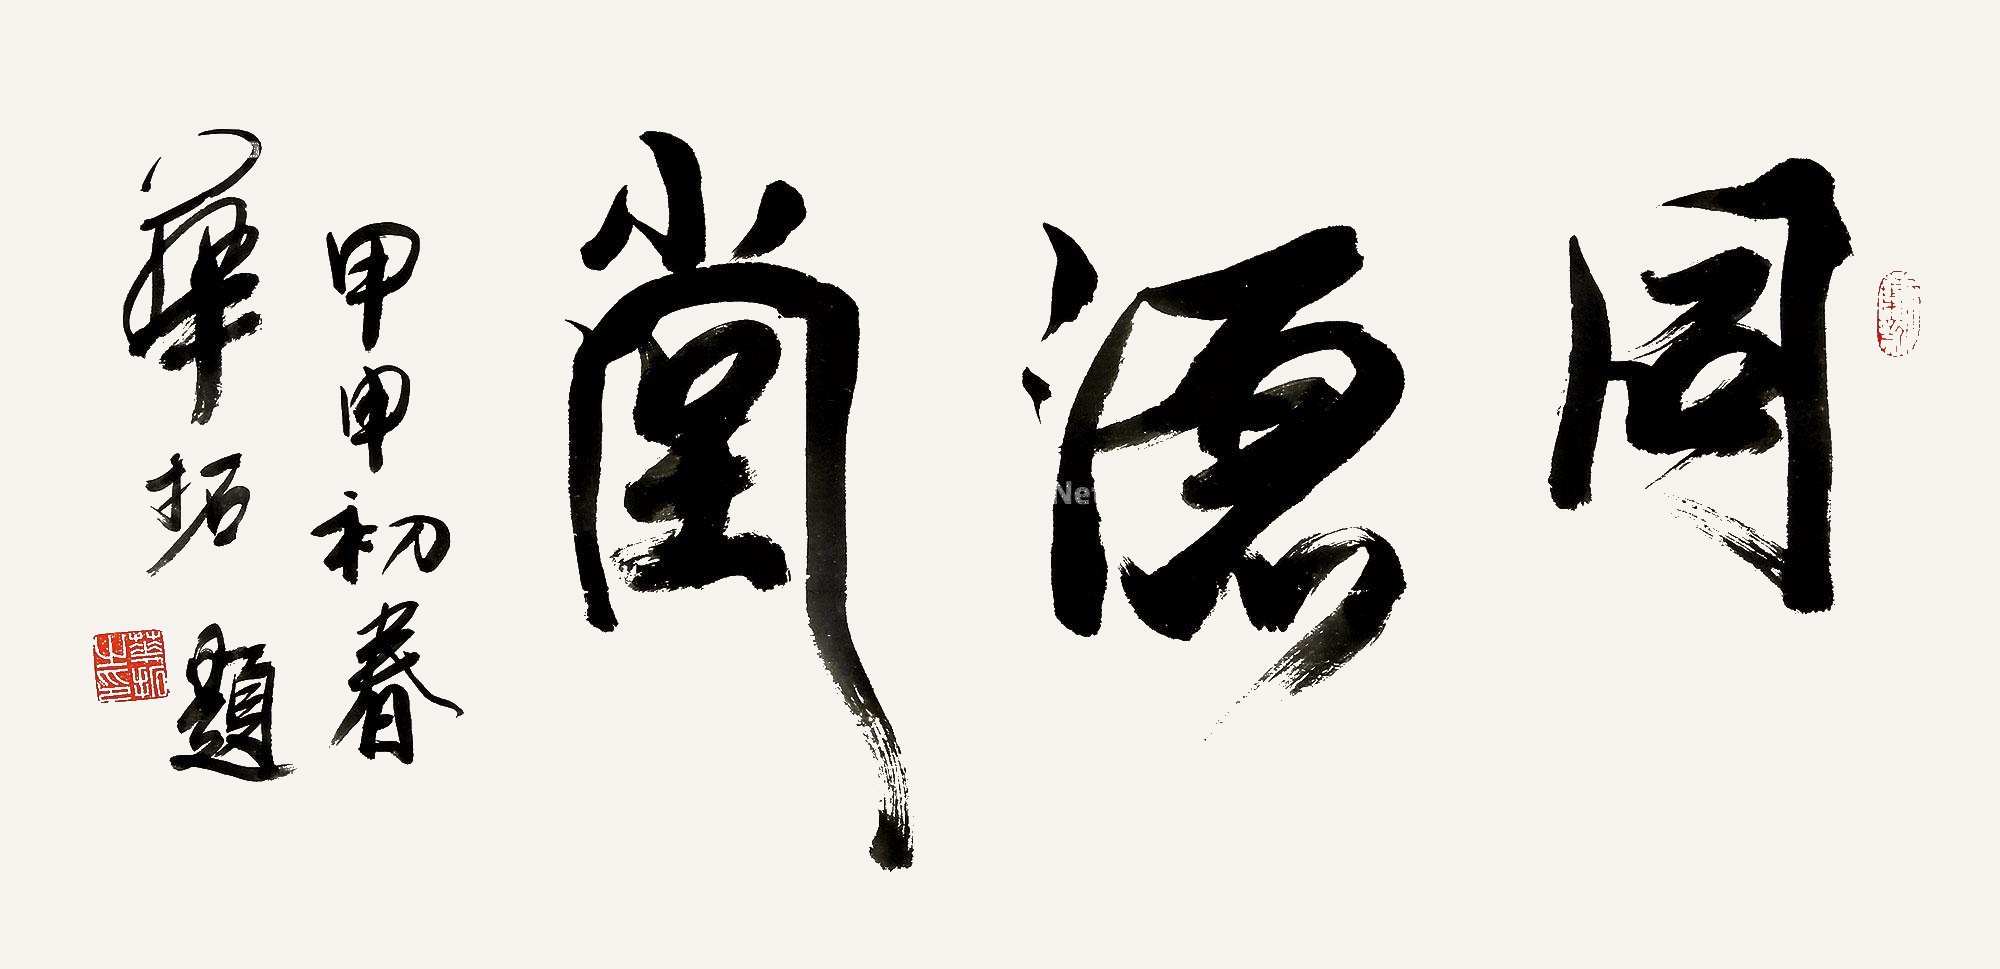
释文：同源堂甲申初春，华拓题。